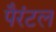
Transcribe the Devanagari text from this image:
पैरंटल